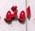
اوتو